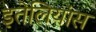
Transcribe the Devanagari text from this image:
इतेलियांस